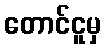
တောင်ငူမှ